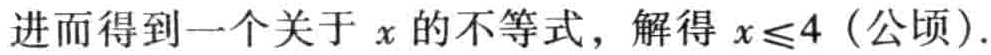
进而得到一个关于 \(x\) 的不等式，解得 \(x\leqslant4\)（公顷）.